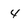
Character: 4